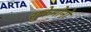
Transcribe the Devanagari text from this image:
सुकेमोनो